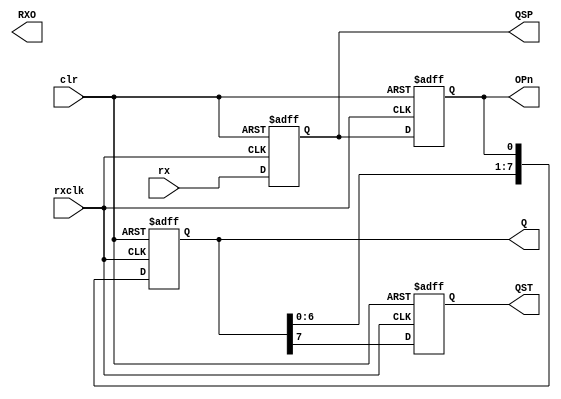
//Serial Reception System
//Shift Register
//Serial Reception , Parallel Transmission

module SRSystem_SR(rxclk,rx,clr,QST,OPn,QSP,RXO,Q);
input wire rx,clr,rxclk;//rx == din
output wire RXO;
output reg QST,OPn,QSP;
output reg [7:0] Q;

always@(posedge rxclk or negedge clr)
begin
	if(clr == 0)
	{QSP,OPn,Q,QST}<=0;
	else
	{QSP,OPn,Q[0],Q[1],Q[2],Q[3],Q[4],Q[5],Q[6],Q[7],QST}<={rx,QSP,OPn,Q[0],Q[1],Q[2],Q[3],Q[4],Q[5],Q[6],Q[7]};
end

endmodule